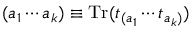
( a _ { 1 } \cdots a _ { k } ) \equiv \mathrm { T r } ( t _ { ( a _ { 1 } } \cdots t _ { a _ { k } ) } )